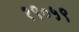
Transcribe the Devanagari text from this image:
१९०५९